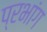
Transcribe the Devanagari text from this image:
प्रभांग